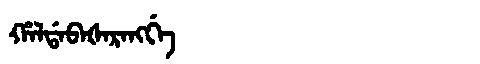
Manchu: ᡥᠠᠯᡩᠠᠪᠠᡧᠠᡵᠠᠩᡤᡝ
Romanization: HALDABAŠARANGGE